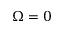
\Omega = 0